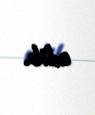
edib.